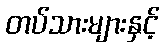
တပ်သားများနှင့်